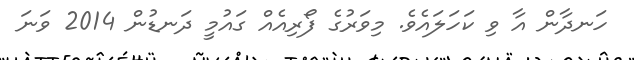
ހަނދާން އާ ވި ކަހަލައެވެ. މިވަރުގެ ފޯރިއެއް ގައުމީ ދަނޑުން 2014 ވަނަ